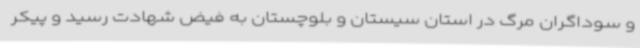
و سوداگران مرگ در استان سیستان و بلوچستان به فیض شهادت رسید و پیکر